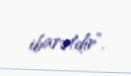
ibarətdir”.